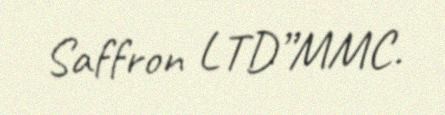
Saffron LTD”MMC.